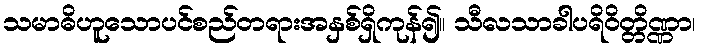
သမာဓိဟူသောပင်စည်တရားအနှစ်ရှိကုန်၍။ သီလသာခါပရိဝိတ္တိဏ္ဏာ၊